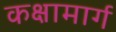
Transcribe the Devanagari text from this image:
कक्षामार्ग